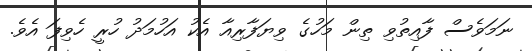
ނަމަވެސް ފާއިތުވި ތިން މަހުގެ ވިޔަފާރިއާ އެކު އަހުމަދު ހުރީ ހެވިފަ އެވެ.